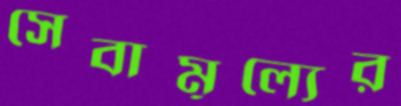
সেবামূল্যের